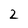
Character: 2